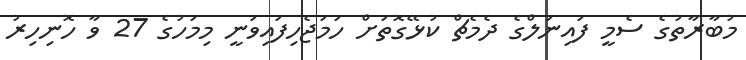
މުބާރާތުގެ ސެމީ ފައިނަލްގެ ދެމެޗް ކުޅޭގޮތަށް ހަމަޖެހިފައިވަނީ މިމަހުގެ 27 ވާ ހޮނިހިރު